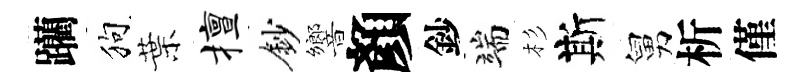
躪狗葉擅鈔響顏鈔端杉斯舅析僅